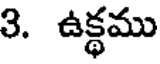
3. ఉక్థము